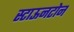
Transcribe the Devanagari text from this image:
स्टाऊनटोन